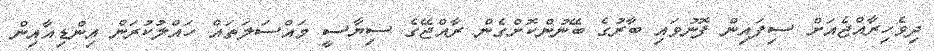
ދިވެހިރާއްޖެއަށް ސިފައިން ފޮނުވައި ބާރުގެ ބޭނުންކޮށްގެން ރާއްޖޭގެ ސިޔާސީ މައްސަލަތައް ހައްލުކުރަން އިންޑިއާއިން